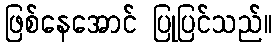
ဖြစ်နေအောင် ပြုပြင်သည်။